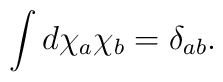
\int d\chi_a \chi_b = \delta_{ab}.